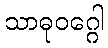
သာဓုဝဂ္ဂေါ